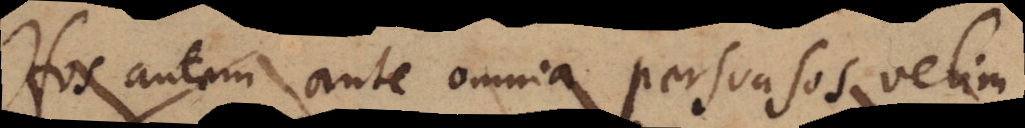
Hos autem ante omnia persuasos velim